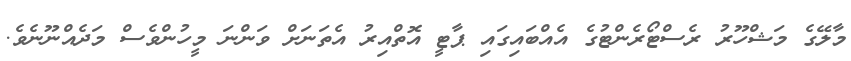
މާލޭގެ މަޝްހޫރު ރެސްޓޯރެންޓުގެ އެއްބައިގައި ޕާޓީ އޮތްއިރު އެތަނަށް ވަންނަ މީހުންވެސް މަދެއްނޫނެވެ.